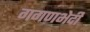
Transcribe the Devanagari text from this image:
गगणभेदी